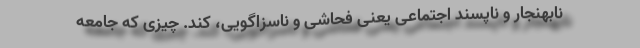
نابهنجار و ناپسند اجتماعی یعنی فحاشی و ناسزاگویی، کند. چیزی که جامعه